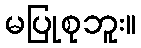
မပြုစုဘူး။